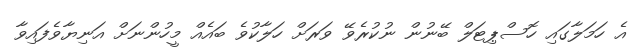
އެ ހަމަލާގައި ހޮސްޕިޓަލް ބޭނުން ނުކުރެވޭ ވަރަށް ހަލާކުވެ ބައެއް މީހުންނަށް އަނިޔާވެފައިވާ